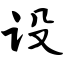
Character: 设